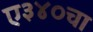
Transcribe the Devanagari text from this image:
ए३४०चा